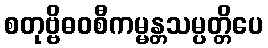
စတုဗ္ဗိဓဝစီကမ္မန္တသမ္ပတ္တိပေ